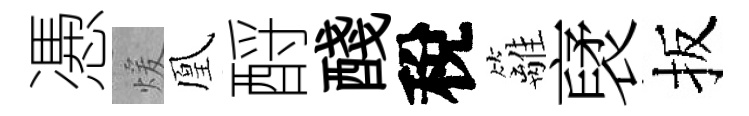
慿煖凰酹醆稅籬裦扳